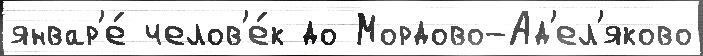
январ'е́ челов'е́к до Мордово-Ад'ел'яково